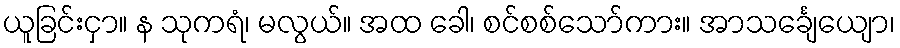
ယူခြင်းငှာ။ န သုကရံ၊ မလွယ်။ အထ ခေါ၊ စင်စစ်သော်ကား။ အာသင်္ချေယျော၊